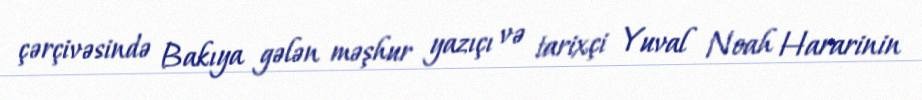
çərçivəsində Bakıya gələn məşhur yazıçı və tarixçi Yuval Noah Hararinin